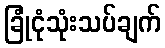
ခြုံငုံသုံးသပ်ချက်